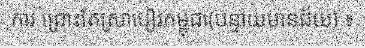
ការ ព្រោះតែស្រាបៀរកម្ពុជា(បន្ទាយមានជ័យ) ៖